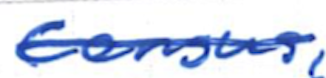
Text: Census,
Cross-out: mix
Writing tool: ballpoint